Report on sanitation, dispensaries, and jails in Rajputana for 1921, and on vaccination for the year 1921-1922 - 1921-1922
Year: 1921
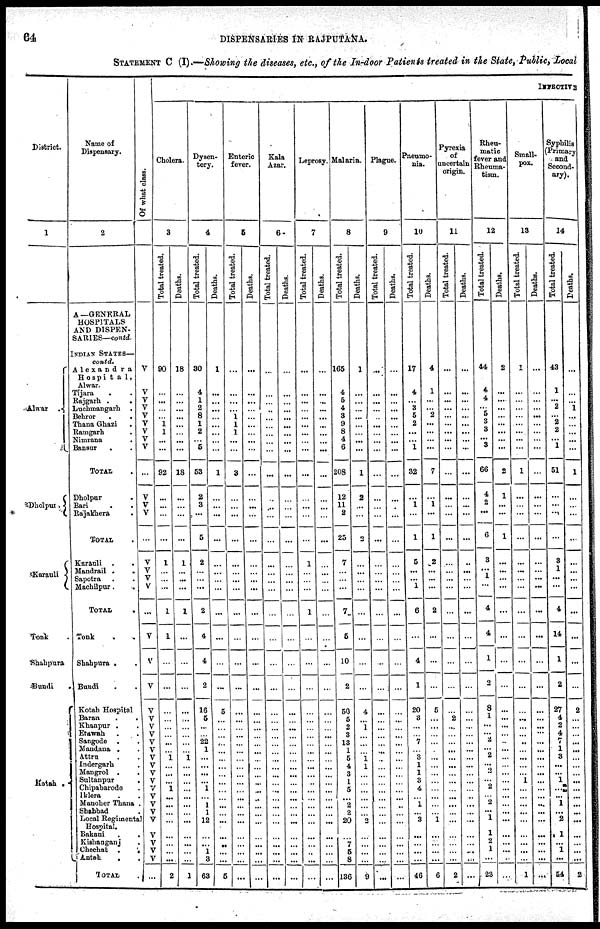
64
DISPENSARIES IN RAJPUTANA.
STATEMENT C (I).—Showing the diseases, etc., of the In-door Patients treated in the State, Public, Local
District.
1
Alwar .
Dholpur.
Karauli
Tonk .
Shahpura
Bundi
.
Kotah
.
Name of
Dispensary.
2
A —GENERAL
HOSPITALS
AND DISPEN-
SARIES— contd.
INDIAN STATES—
contd.
Alexandra
Hospita1,
Alwar.
Tijara . .
Rajgarh . .
Luchmangarh .
Behror
.
.
Thana Ghazi .
Ramgarh .
Nimrana .
Bansur . .
TOTAL .
Dholpur
.
Bari
.
.
Rajakhera .
TOTAL
Karauli . .
Mandrail .
.
Sapotra . .
Machilpur. .
TOTAL .
Tonk . .
Shahpura . .
Bundi . .
Kotah Hospital
Baran . .
Khanpur .
.
Etawah . .
Sangode . .
Mandana . .
Attru . .
Indergarh .
Mangrol . .
Sultanpur
.
Chipabarode .
Iklera . .
Manoher Thana .
Shahbad .
Local Regimental
Hospital.
Bakani
.
.
Kishanganj .
Chechat .
.
Antah
. .
TOTAL
.
Of what class.
V
V
V
V
V
V
V
V
V
...
V
V
V
...
V
V
V
V
...
V
V
V
V
V
V
V
V
V
V
V
V
V
V
V
V
V
V
V
V
V
V
...
INFECTIVE
Cholera.
3
Total treated.
90
...
...
...
...
1
1
...
...
92
...
...
...
...
1
...
...
...
1
1
...
...
...
...
...
...
...
...
1
...
...
...
1
...
...
...
...
...
...
...
...
2
Deaths.
18
...
...
...
...
...
...
...
...
18
...
...
...
...
1
...
...
...
1
...
...
...
...
...
...
...
...
...
1
...
...
...
...
...
...
...
...
...
...
...
...
1
Dysen-
tery.
4
Total treated.
30
4
1
2
8
1
2
...
5
53
2
3
...
5
2
...
...
...
2
4
4
2
16
5
...
...
22
1
...
...
...
...
1
...
1
1
12
...
...
1
3
63
Deaths.
1
...
...
...
...
...
...
...
...
1
...
...
...
...
...
...
...
...
...
...
...
...
5
...
...
...
...
...
...
...
...
...
...
...
...
...
...
...
...
...
...
5
Enteric
fever.
5
Total treated.
...
...
...
...
1
1
1
...
...
3
...
...
...
...
...
...
...
...
...
...
...
...
...
...
...
...
...
...
...
...
...
...
...
...
...
...
...
...
...
...
...
...
Deaths.
...
...
...
...
...
...
...
...
...
...
...
...
...
...
...
...
...
...
...
...
...
...
...
...
...
...
...
...
...
...
...
...
...
...
...
...
...
...
...
...
...
...
Kala
Azar.
6
Total treated.
...
...
...
...
...
...
...
...
...
...
...
...
...
...
...
...
...
...
...
...
...
...
...
...
...
...
...
...
...
...
...
...
...
...
...
...
...
...
...
...
...
...
Deaths.
...
...
...
...
...
...
...
...
...
...
...
...
...
...
...
...
...
...
...
...
...
...
...
...
...
...
...
...
...
...
...
...
...
...
...
...
...
...
...
...
...
...
Leprosy.
7
Total treated.
...
...
...
...
...
...
...
...
...
...
...
...
...
...
1
...
...
...
1
...
...
...
...
...
...
...
...
...
...
...
...
...
...
...
...
...
...
...
...
...
...
...
Deaths.
...
...
...
...
...
...
...
...
...
...
...
...
...
...
...
...
...
...
...
...
...
...
...
...
...
...
...
...
...
...
...
...
...
...
...
...
...
...
...
...
...
...
Malaria.
8
Total treated.
165
4
5
4
3
9
8
4
6
208
12
11
2
25
7
...
...
...
7
5
10
2
50
5
2
3
13
1
5
4
3
1
5
...
2
2
20
...
7
5
8
136
Deaths.
1
...
...
...
...
...
...
...
...
1
2
...
...
2
...
...
...
...
...
...
...
...
4
...
1
...
...
...
1
1
...
...
...
...
...
...
2
...
...
...
...
9
Plague.
9
Total treated.
...
...
...
...
...
...
...
...
...
...
...
...
...
...
...
...
...
...
...
...
...
...
...
...
...
...
...
...
...
...
...
...
...
...
...
...
...
...
...
...
...
...
Deaths.
...
...
...
...
...
...
...
...
...
...
...
...
...
...
...
...
...
...
...
...
...
...
...
...
...
...
...
...
...
...
...
...
...
...
...
...
...
...
...
...
...
...
Pneumo-
nia.
10
Total treated.
17
4
...
3
5
2
...
...
1
32
...
1
...
1
5
...
...
1
6
...
4
1
20
3
...
...
7
...
3
1
1
3
4
...
1
...
3
...
...
...
...
46
Deaths.
4
1
...
...
2
...
...
...
...
7
...
1
...
1
2
...
...
...
2
...
...
...
5
...
...
...
...
...
...
...
...
...
...
...
...
...
1
...
...
...
...
6
Pyrexia
of
uncertain
origin.
11
Total treated.
...
...
...
...
...
...
...
...
...
...
...
...
...
...
...
...
...
...
...
...
...
...
...
2
...
...
...
...
...
...
...
...
...
...
...
...
...
...
...
...
...
2
Deaths.
...
...
...
...
...
...
...
...
...
...
...
...
...
...
...
...
...
...
...
...
...
...
...
...
...
...
...
...
...
...
...
...
...
...
...
...
...
...
...
...
...
...
Rheu-
matic
fever and
Rheuma-
tism.
12
Total treated.
44
4
4
...
5
3
3
...
3
66
4
2
...
6
3
...
1
...
4
4
1
2
8
1
...
...
2
...
2
...
2
...
2
...
2
...
1
1
2
1
...
23
Deaths.
2
...
...
...
...
...
...
...
...
2
1
...
...
1
...
...
...
...
...
...
...
...
...
...
...
...
...
...
...
...
...
...
...
...
...
...
...
...
...
...
..
...
Small-
pox.
13
Total treated.
1
...
...
...
...
...
...
...
...
1
...
...
...
...
...
...
...
...
...
...
...
...
...
...
...
...
...
...
...
...
...
1
...
...
...
...
...
...
...
...
...
1
Deaths.
...
...
...
...
...
...
...
...
...
...
...
...
...
...
...
...
...
...
...
...
...
...
...
...
...
...
...
...
...
...
...
...
...
...
...
...
...
...
...
...
...
...
Syphilis
(Primary
and
Second-
ary).
14
Total treated.
43
1
...
2
...
2
2
...
1
51
...
...
...
...
3
1
...
...
4
14
1
2
27
4
2
4
7
1
3
...
...
1
...
...
1
...
2
1
...
1
...
54
Deaths.
...
...
...
1
...
...
...
...
...
1
...
...
...
...
...
...
...
...
...
...
...
...
2
...
...
...
...
...
...
...
...
...
...
...
...
...
...
...
...
...
...
2